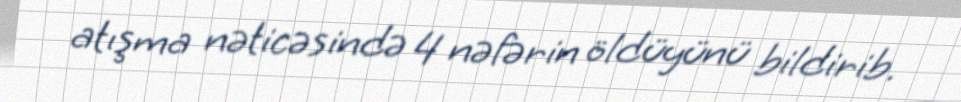
atışma nəticəsində 4 nəfərin öldüyünü bildirib.